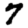
Digit: 7